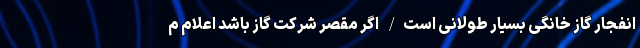
انفجار گاز خانگی بسیار طولانی است/ اگر مقصر شرکت گاز باشد اعلام م